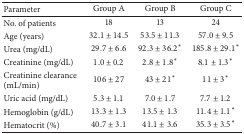
<table><thead><tr><td><b>Parameter</b></td><td><b>Group A</b></td><td><b>Group B</b></td><td><b>Group C</b></td></tr></thead><tbody><tr><td>No. of patients</td><td>18</td><td>13</td><td>24</td></tr><tr><td>Age (years)</td><td>32.1 ± 14.5</td><td>53.5 ± 11.3</td><td>57.0 ± 9.5</td></tr><tr><td>Urea (mg/dL)</td><td>29.7 ± 6.6</td><td>92.3 ± 36.2*</td><td>185.8 ± 29.1*</td></tr><tr><td>Creatinine (mg/dL)</td><td>1.0 ± 0.2</td><td>2.8 ± 1.8*</td><td>8.1 ± 1.3*</td></tr><tr><td>Creatinine clearance (mL/min)</td><td>106 ± 27</td><td>43 ± 21*</td><td>11 ± 3*</td></tr><tr><td>Uric acid (mg/dL)</td><td>5.3 ± 1.1</td><td>7.0 ± 1.7</td><td>7.7 ± 1.2</td></tr><tr><td>Hemoglobin (g/dL)</td><td>13.3 ± 1.3</td><td>13.5 ± 1.3</td><td>11.4 ± 1.1*</td></tr><tr><td>Hematocrit (%)</td><td>40.7 ± 3.1</td><td>41.1 ± 3.6</td><td>35.3 ± 3.5*</td></tr></tbody></table>